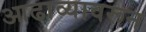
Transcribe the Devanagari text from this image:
आढाव्यावरून